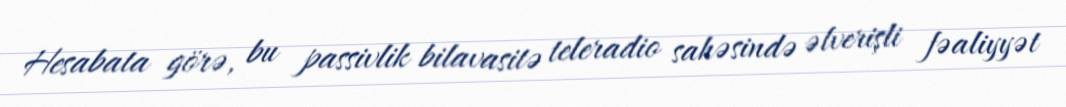
Hesabata görə, bu passivlik bilavasitə teleradio sahəsində əlverişli fəaliyyət